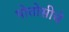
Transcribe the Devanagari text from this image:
पोतोसीचे